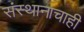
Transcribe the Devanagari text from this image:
संस्थानाचाही